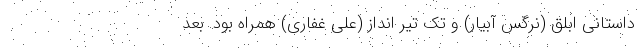
داستانی ابلق (نرگس آبیار) و تک تیر انداز (علی غفاری) همراه بود. بعد